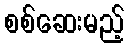
စစ်ဆေးမည့်